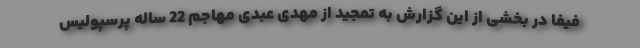
فیفا در بخشی از این گزارش به تمجید از مهدی عبدی مهاجم 22 ساله پرسپولیس